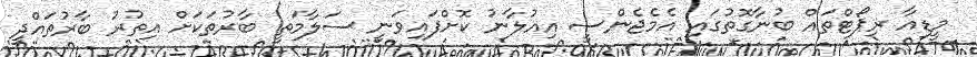
މީޑިއާ ރިޕޯޓްތައް ބުނާގޮތުގައި އެމެޖެންސީ އިއުލާނު ކޮށްފައިވަނީ ސަލާމަތީ ބާރުތަކަށް އިތުރު ބާރުތައްދީ